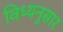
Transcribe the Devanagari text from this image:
विध्यनुसार